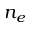
n _ { e }